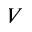
V